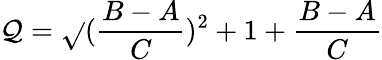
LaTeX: \mathcal{Q}=\sqrt{}{{(\frac{{B-A}}{{C}})^{2}+1}}+\frac{{B-A}}{{C}}